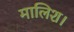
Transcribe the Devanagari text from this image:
मालिश।